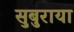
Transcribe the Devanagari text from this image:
सुबुराया